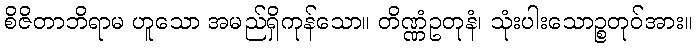
စိဇိတာဘိရာမ ဟူသော အမည်ရှိကုန်သော။ တိဏ္ဏံဥတုနံ၊ သုံးပါးသောဉ္စတုဝ်အား။